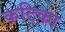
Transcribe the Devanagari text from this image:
कटिका